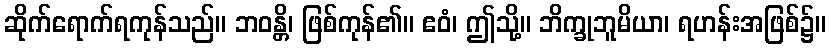
ဆိုက်ရောက်ရကုန်သည်။ ဘဝန္တိ၊ ဖြစ်ကုန်၏။ ဧဝံ၊ ဤသို့။ ဘိက္ခုဘူမိယာ၊ ရဟန်းအဖြစ်၌။